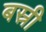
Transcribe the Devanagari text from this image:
बस्री